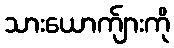
သားယောက်ျားကို